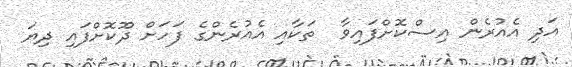
އަދި އެއުރެން އިސްކޮށްފައިވާ  ތަކާއި އެއުރެންގެ ފަހަށް ދޫކޮށްފައި ދިޔަ